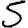
Digit: 5